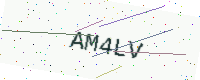
Text: AM4LV